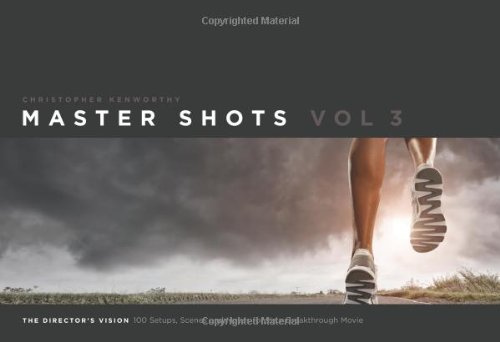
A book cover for Master Shots Vol 3: The Director's Vision: 100 Setups, Scenes and Moves for Your Breakthrough Movie; Christopher Kenworthy; Humor & Entertainment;